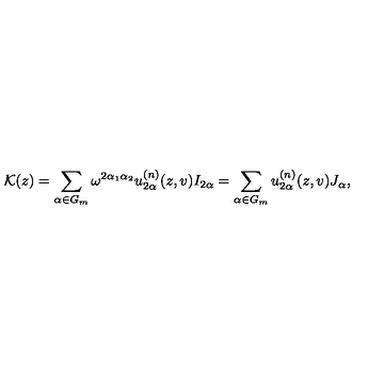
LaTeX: { \cal K } ( z ) = \sum _ { \mathrm { \footnotesize \boldmath \alpha } \in G _ { m } } \omega ^ { 2 \alpha _ { 1 } \alpha _ { 2 } } u _ { 2 \mathrm { \footnotesize \boldmath \alpha } } ^ { ( n ) } ( z , v ) I _ { 2 \mathrm { \footnotesize \boldmath \alpha } } = \sum _ { \mathrm { \footnotesize \boldmath \alpha } \in G _ { m } } u _ { 2 \mathrm { \footnotesize \boldmath \alpha } } ^ { ( n ) } ( z , v ) J _ { \mathrm { \footnotesize \boldmath \alpha } } ,